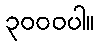
၃၀၀၀ပါ။